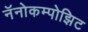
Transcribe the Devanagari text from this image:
नॅनोकम्पोझिट